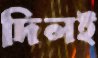
দিলই